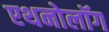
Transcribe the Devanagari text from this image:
एथनोलॉग